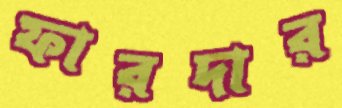
ফারদার